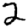
Digit: 2